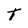
Character: T